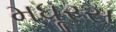
મધૂરસ